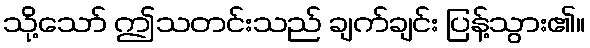
သို့သော် ဤသတင်းသည် ချက်ချင်း ပြန့်သွား၏။